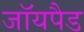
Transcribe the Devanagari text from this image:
जॉयपैड